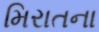
મિરાતના